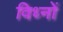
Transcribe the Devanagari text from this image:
विध्नों